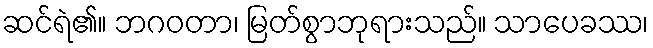
ဆင်ရဲ၏။ ဘဂဝတာ၊ မြတ်စွာဘုရားသည်။ သာပေခဿ၊